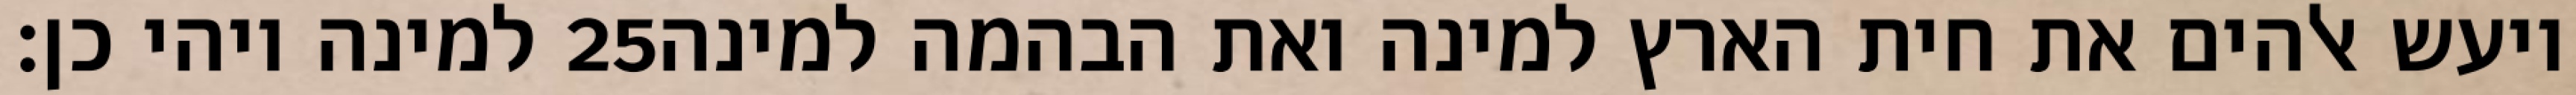
למינה ויהי כן׃ ‎25‏ ויעש אלהים את חית הארץ למינה ואת הבהמה למינה